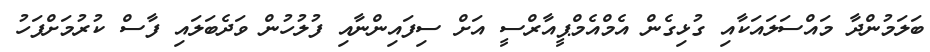
ބަލަމުންދާ މައްސަލައަކާއި ގުޅިގެން އެމްއެމްޕީއާރްސީ އަށް ސިފައިންނާއި ފުލުހުން ވަދެބަލައި ފާސް ކުރުމަށްފަހު